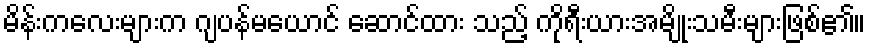
မိန်းကလေးများက ဂျပန်မယောင် ဆောင်ထား သည့် ကိုရီးယားအမျိုးသမီးများဖြစ်၏။